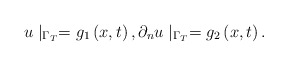
\begin{align*}u\mid _{\Gamma _{T}}=g_{1}\left( x,t\right) ,\partial _{n}u\mid _{\Gamma_{T}}=g_{2}\left( x,t\right) . \end{align*}